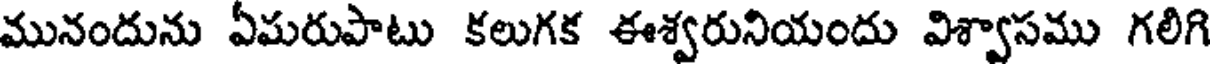
మునందును ఏమరుపాటు కలుగక ఈశ్వరునియందు విశ్వాసము గలిగి